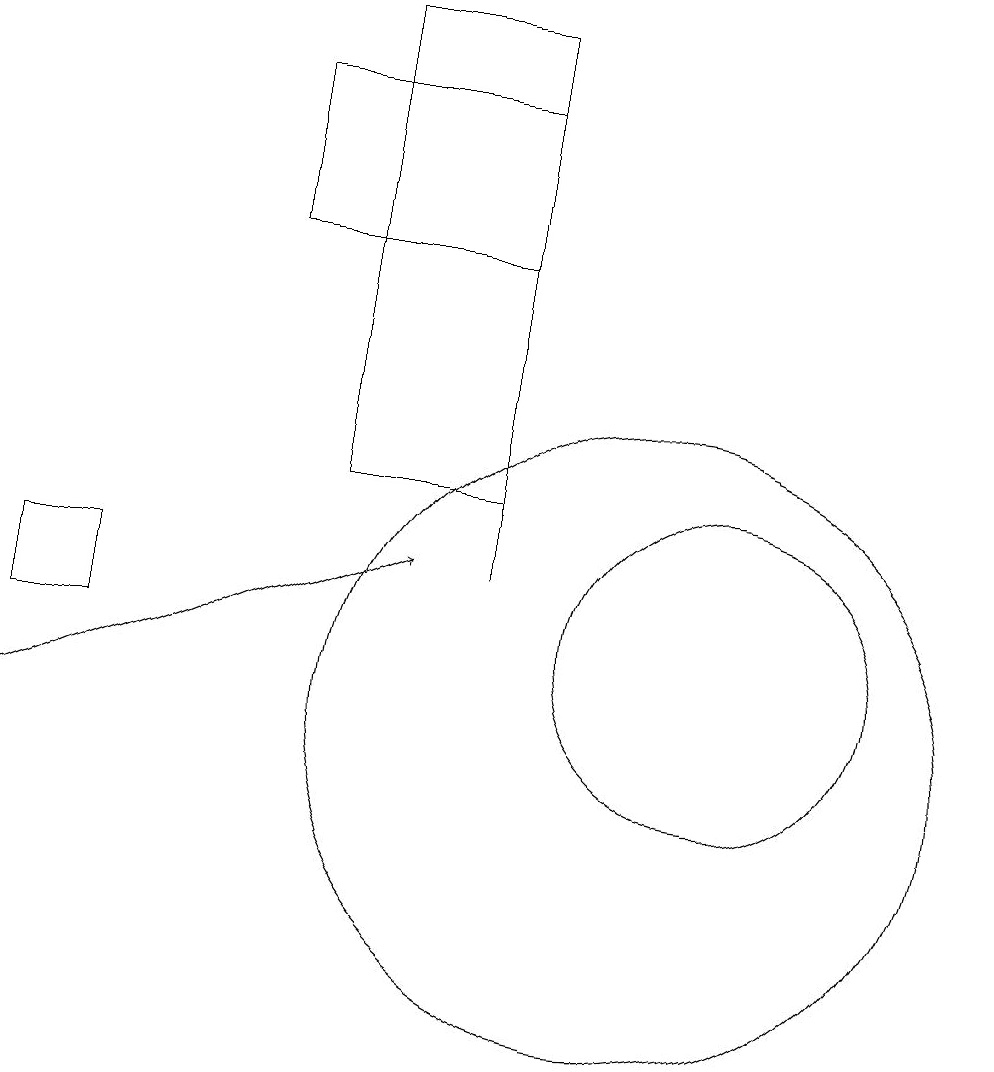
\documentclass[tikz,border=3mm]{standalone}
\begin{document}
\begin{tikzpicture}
\draw (2,12) rectangle (3,11);
\draw (8,18) rectangle (5,16);
\draw (10,10) circle (4);
\draw (6,19) rectangle (8,13);
\draw (8,18) rectangle (8,12);
\draw (11,11) circle (2);
\draw[->] (2,10) -- (7,12);
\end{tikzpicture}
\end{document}